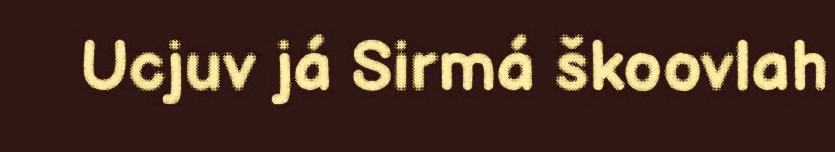
Ucjuv já Sirmá škoovlah